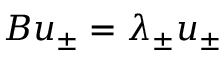
B u _ { \pm } = \lambda _ { \pm } u _ { \pm }